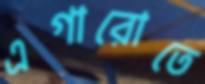
এগারোতে